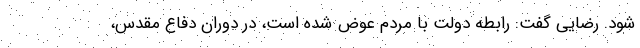
شود. رضایی گفت: رابطه دولت با مردم عوض شده است، در دوران دفاع مقدس،